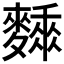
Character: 𪍰